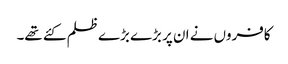
کافروں نے ان پر بڑے بڑے ظلم کئے تھے۔